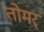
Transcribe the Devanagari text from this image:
तोमर्